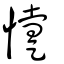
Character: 懥